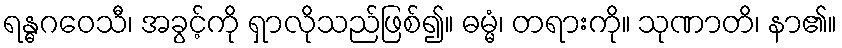
ရန္ဓဂဝေသီ၊ အခွင့်ကို ရှာလိုသည်ဖြစ်၍။ ဓမ္မံ၊ တရားကို။ သုဏာတိ၊ နာ၏။